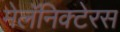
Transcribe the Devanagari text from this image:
मेलॅनिक्टेरस